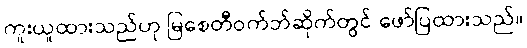
ကူးယူထားသည်ဟု မြစေတီဝက်ဘ်ဆိုက်တွင် ဖော်ပြထားသည်။